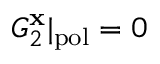
G _ { 2 } ^ { \bf x } | _ { \mathrm { p o l } } = 0